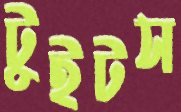
টুইটস